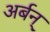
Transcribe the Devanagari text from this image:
अर्बन्